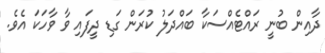
ދާއިން ބުނީ ރައްޓެއްސަކާ ބައްދަލު ކުރަން ގަޑި ދީފައި ވާ ވާހަކަ އެވެ.